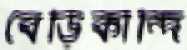
বেড়িকান্দি